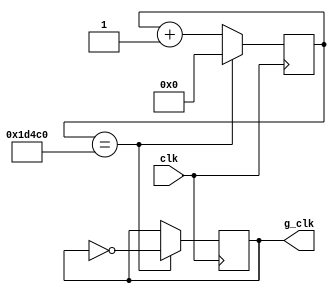
`timescale 1ns / 1ps

module game_clk(input clk, output reg g_clk = 0);
reg [24:0] cnt = 0;
always @(posedge clk) begin
    if(cnt == 25'd120000) begin
    //if(cnt == 23'd2) begin
        cnt = 0;
        g_clk = ~g_clk;
    end else cnt = cnt + 1;
end
endmodule